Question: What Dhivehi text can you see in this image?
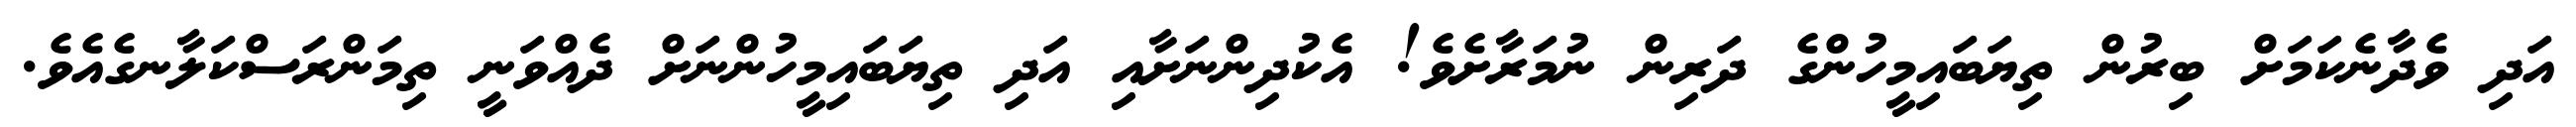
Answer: އަދި ވެދާނެކަމަށް ބިރުން ތިޔަބައިމީހުންގެ ދަރިން ނުމަރާށެވެ! އެކުދިންނަށާއި އަދި ތިޔަބައިމީހުންނަށް ދެއްވަނީ ތިމަންރަސްކަލާނގެއެވެ.